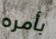
بأمره